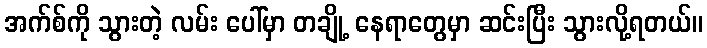
အက်စ်ကို သွားတဲ့ လမ်း ပေါ်မှာ တချို့ နေရာတွေမှာ ဆင်းပြီး သွားလို့ရတယ်။